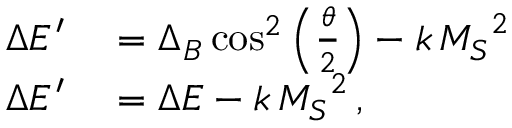
\begin{array} { r l } { \Delta E ^ { \prime } } & { { } = \Delta _ { B } \cos ^ { 2 } \left( \frac { \theta } { 2 } \right) - k \, { M _ { S } } ^ { 2 } } \\ { \Delta E ^ { \prime } } & { { } = \Delta E - k \, { M _ { S } } ^ { 2 } \, , } \end{array}